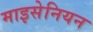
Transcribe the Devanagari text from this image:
माइसेनियन